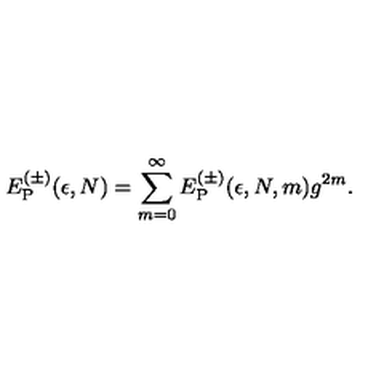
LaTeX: E _ { \mathrm { P } } ^ { ( \pm ) } ( \epsilon , N ) = \sum _ { m = 0 } ^ { \infty } E _ { \mathrm { P } } ^ { ( \pm ) } ( \epsilon , N , m ) g ^ { 2 m } .